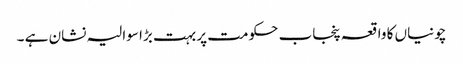
چونیاں کا واقعہ پنجاب حکومت پر بہت بڑا سوالیہ نشان ہے ۔